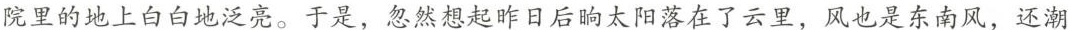
院里的地上白白地泛亮。于是，忽然想起作日后的太阳落在了云里，风也是东南风，还潮